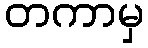
တကာမှ